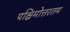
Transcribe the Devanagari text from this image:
पश्चिमोत्तरतम